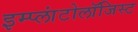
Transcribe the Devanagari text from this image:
इम्प्लांटोलॉजिस्ट